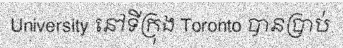
University នៅទីក្រុង Toronto បានប្រាប់